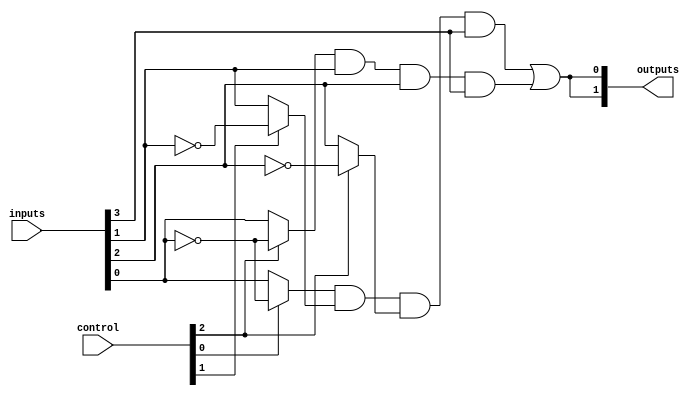
module PLA (
    input wire [n-1:0] inputs,     // n input lines
    input wire [m-1:0] control,     // Control bits for programmability
    output wire [p-1:0] outputs      // p output lines
);

// Parameters
parameter n = 4;                    // Number of input lines
parameter m = 3;                    // Number of control lines for programmability
parameter p = 2;                    // Number of output lines
parameter AND_TERMS = 4;           // Number of AND gates (product terms)
parameter OR_TERMS = 2;            // Number of OR gates (final outputs)

// AND plane
wire [AND_TERMS-1:0] and_out;      // Outputs from AND gates

// Each AND gate can be programmed using combinations from inputs and their inversions
generate
    genvar i, j;
    for (i = 0; i < AND_TERMS; i = i + 1) begin : and_gate
        assign and_out[i] = (control[i*2] ? ~inputs[0] : inputs[0]) &
                            (control[i*2+1] ? ~inputs[1] : inputs[1]) &
                            (control[i*2+2] ? ~inputs[2] : inputs[2]) &
                            (control[i*2+3] ? ~inputs[3] : inputs[3]);
    end
endgenerate

// OR plane
wire [p-1:0] or_out;               // Outputs from OR gates

generate
    for (j = 0; j < p; j = j + 1) begin : or_gate
        assign or_out[j] = and_out[0] | and_out[1]; // Example OR configuration
    end
endgenerate

// Assign final outputs
assign outputs = or_out;

endmodule